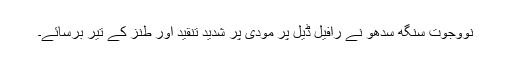
نووجوت سنگھ سدھو نے رافیل ڈیل پر مودی پر شدید تنقید اور طنز کے تیر برسائے۔